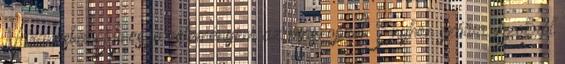
Narancsban Nincs jó véleményem az maszopról. Enyhén szólva. Azokról